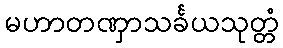
မဟာတဏှာသင်္ခယသုတ္တံ